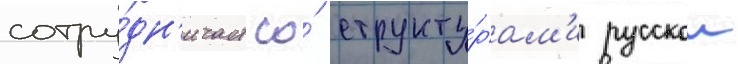
сотру́дн'ичает со́ структу́рам'и русскои